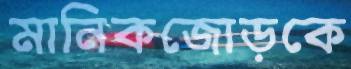
মানিকজোড়কে